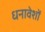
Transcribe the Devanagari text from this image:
धनावेशों